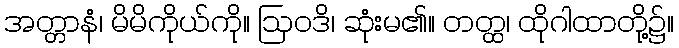
အတ္တာနံ၊ မိမိကိုယ်ကို။ ဩဝဒိ၊ ဆုံးမ၏။ တတ္ထ၊ ထိုဂါထာတို့၌။